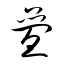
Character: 疊